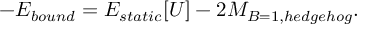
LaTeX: - E _ { b o u n d } = E _ { s t a t i c } [ U ] - 2 M _ { B = 1 , h e d g e h o g } .